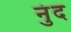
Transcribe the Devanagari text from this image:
नुंद